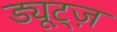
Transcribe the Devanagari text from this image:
ड्यूट्ज़